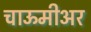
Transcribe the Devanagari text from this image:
चाऊमीअर